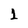
Character: 1